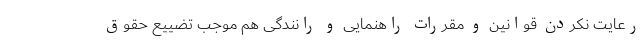
رعایت نکردن قوانین و مقررات راهنمایی و رانندگی هم موجب تضییع حقوق